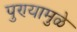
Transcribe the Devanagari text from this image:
पुण्यामुळे